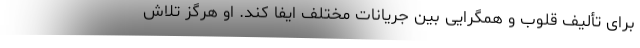
برای تألیف قلوب و همگرایی بین جریانات مختلف ایفا کند. او هرگز تلاش